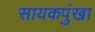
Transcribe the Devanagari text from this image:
सायकपुंखा